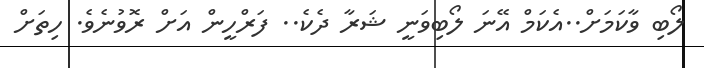
ލޯބި ވާކަމަށް..އެކަމް އޭނަ ލޯބިވަނީ ޝަރާ ދެކެ.. ފަރްހީން އަށް ރޮވުނެވެ. ހިތަށް